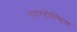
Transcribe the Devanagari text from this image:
एयरहोल्डिंग